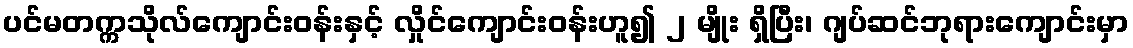
ပင်မတက္ကသိုလ်ကျောင်းဝန်းနှင့် လှိုင်ကျောင်းဝန်းဟူ၍ ၂ မျိုး ရှိပြီး၊ ဂျပ်ဆင်ဘုရားကျောင်းမှာ